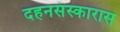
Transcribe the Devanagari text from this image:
दहनसंस्कारास